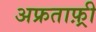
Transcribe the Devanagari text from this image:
अफ्रताफ़्री